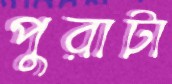
পুরাটা